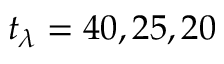
t _ { \lambda } = 4 0 , 2 5 , 2 0